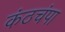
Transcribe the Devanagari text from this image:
कंठचंपा